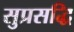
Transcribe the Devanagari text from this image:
सुप्रसद्धि